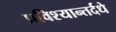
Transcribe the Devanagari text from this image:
प्रविश्यान्तर्दधे